Vaccination in Burma 1889-1999 - 1889-1999
Year: 1889
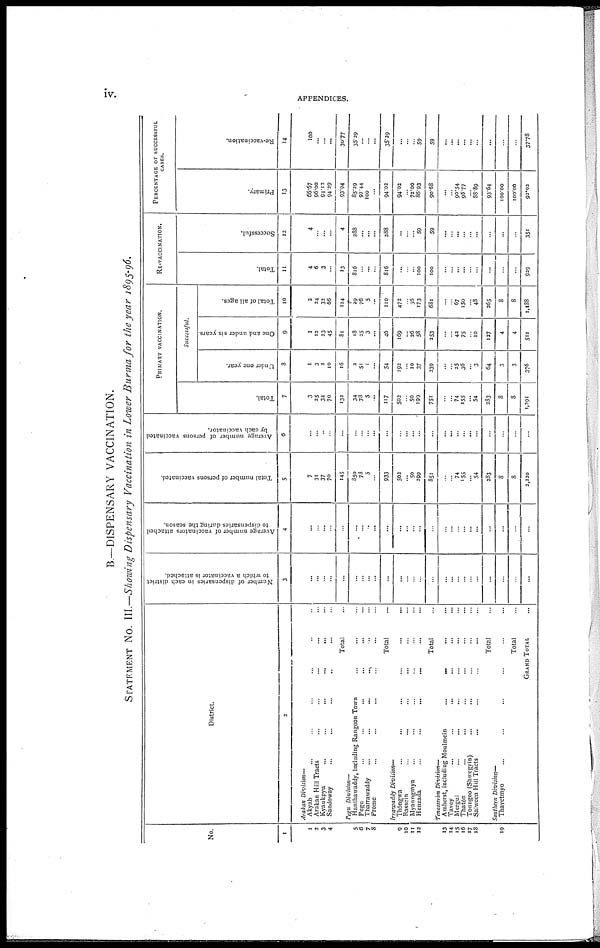
iv.
APPENDICES.
B.—DISPENSARY VACCINATION.
STATEMENT NO. III.—Showing Dispensary Vaccination in Lower Burma for the year 1895-96.
No.
1
1
2
3
4
5
6
7
8
9
10
11
12
13
14
15
16
17
18
19
District.
2
Arakan Division—
Akyab ... ... ... ... ... ... ...
Arakan Hill Tracts ... ... ... ... ... ...
Kyaukpyu ... ... ... ... ... ...
Sandoway ... ... ... ... ... ...
Total ...
Pegu Division—
Hanthawaddy, including Rangoon Town ... ... ... ...
Pegu ... ... ... ... ... ...
Tharrawaddy
...
...
...
...
...
...
Prome ... ... ... ... ... ...
Total ...
Irrawaddy Division—
Thôngwa
...
...
...
...
...
...
Rassein ... ... ... ... ... ...
Myaungmya ... ... ... ... ... ...
Henzada
...
...
...
...
...
...
Total ...
Tenasserim Division—
Amherst, including Moulmein
...
...
...
Tavoy
...
...
...
...
...
...
Mergui ... ... ... ... ... ...
Thatôn ... ... ... ... ... ...
Toungoo (Shwegyin) ... ... ... ...
Salween Hill Tracts ... ... ... ... ... ...
Total ...
Southern Division—
Thayetmyo ... ... ... ... ... ...
Total ...
GRAND TOTAL ...
Number of dispensaries in each district
to which a vaccinator is attached.
3
...
...
...
...
...
...
...
... ...
...
...
...
...
...
...
...
...
... ...
...
...
...
...
...
...
Average number of vaccinators attached
to dispensaries during the season.
4
...
... ...
...
...
...
...
...
...
...
...
...
...
...
...
...
...
...
... ...
...
...
...
...
...
Total number of persons vaccinated.
5
7
31
37
70
145
850
78
5
...
933
502
...
50
299
851
...
...
74
155
... 54
283
8
8
2,220
Average number of persons vaccinated
by each vaccinator.
6
...
... ...
...
...
...
...
... ...
...
...
...
...
...
...
...
...
...
...
...
...
...
...
...
...
PRIMARY VACCINATION.
Total.
7
3
25
34
70
132
34
78
5
...
117
502
... 50
199
751
...
... 74
155
... 54
283
8
8
1,291
Successful.
Under one year.
8
1
3
2
10
16
2
51
1
...
54
192
... 10
37
339
...
... 25
36
... 3
64
3
3
376
One and under six years.
9
1
12
23
45
81
18
25
3
...
46
169
...
26
58
253
...
... 42
75
... 10
127
4
4
511
Total of all ages.
10
2
24
32
66
...
29
76
5
...
110
472
... 36
173
681
...
... 67
150
... 48
265
8
8
1,138
RE-VACCINATION.
Total.
11
4
6
3
...
...
816
... ...
...
816
...
...
... 100
100
...
...
... ...
...
...
...
...
...
929
Successful.
12
4
... ...
...
...
288
... ...
...
288
...
...
... 59
59
...
... ...
...
...
...
...
...
...
351
PERCENTAGE OF SUCCESSFUL
CASES.
Primary.
13
66.67
96.00
94.12
94.29
...
85.29
97.44
100
...
94.02
94.02
... 72.00
86.93
90.68
...
... 90.54
96.77
... 88.89
93.64
100.00
100.00
92.02
Re-vaccination.
14
100
...
...
...
...
35.29
...
...
...
35.29
...
...
...
59
59
...
...
...
...
...
...
...
...
...
37.78